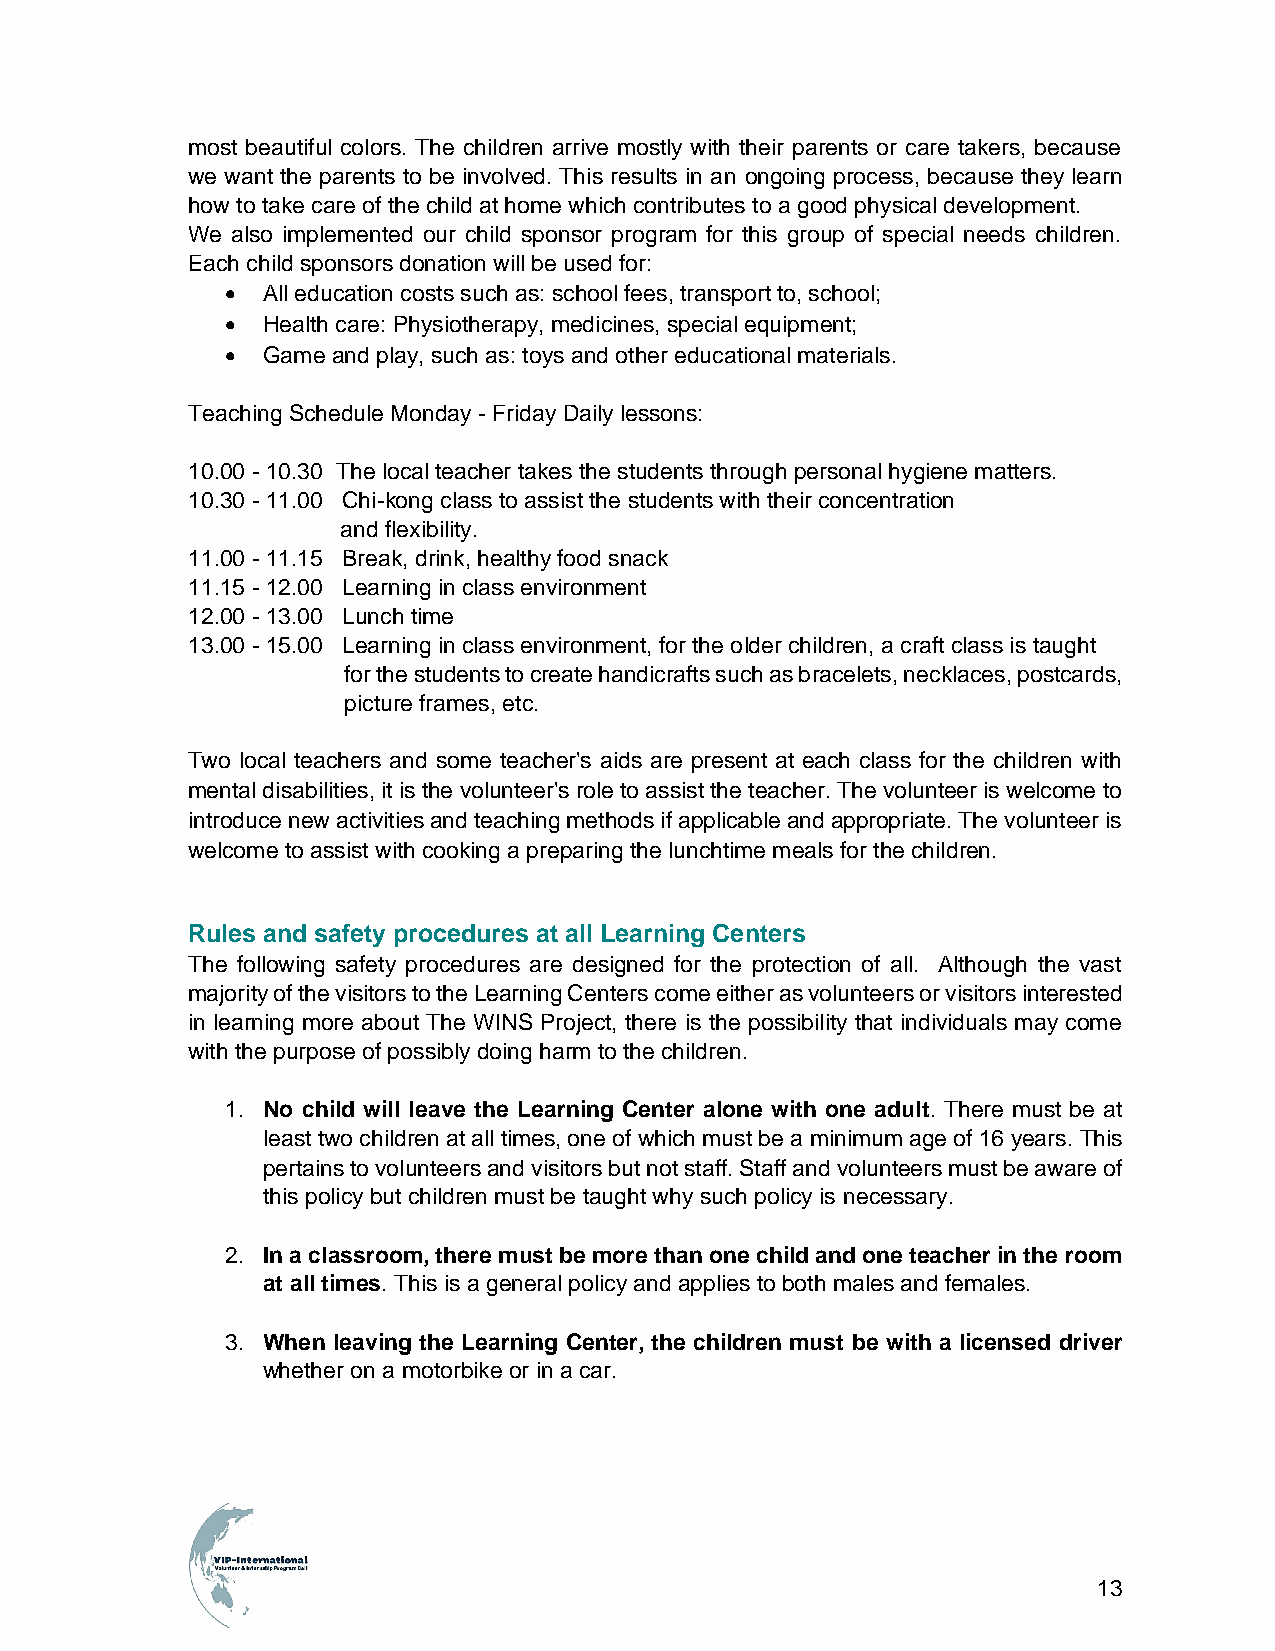
most beautiful colors. The children arrive mostly with their parents or care takers, because
 we want the parents to be involved. This results in an ongoing process, because they learn
 how to take care of the child at home which contributes to a good physical development.
 We also implemented our child sponsor program for this group of special needs children.
 Each child sponsors donation will be used for:
 • All education costs such as: school fees, transport to, school;
 • Health care: Physiotherapy, medicines, special equipment;
 • Game and play, such as: toys and other educational materials.
 Teaching Schedule Monday - Friday Daily lessons:
 10.00 - 10.30 The local teacher takes the students through personal hygiene matters.
 10.30 - 11.00 Chi-kong class to assist the students with their concentration
 and flexibility.
 11.00 - 11.15 Break, drink, healthy food snack
 11.15 - 12.00 Learning in class environment
 12.00 - 13.00 Lunch time
 13.00 - 15.00 Learning in class environment, for the older children, a craft class is taught
 for the students to create handicrafts such as bracelets, necklaces, postcards,
 picture frames, etc.
 Two local teachers and some teacher's aids are present at each class for the children with
 mental disabilities, it is the volunteer's role to assist the teacher. The volunteer is welcome to
 introduce new activities and teaching methods if applicable and appropriate. The volunteer is
 welcome to assist with cooking a preparing the lunchtime meals for the children.
 Rules and safety procedures at all Learning Centers
 The following safety procedures are designed for the protection of all. Although the vast
 majority of the visitors to the Learning Centers come either as volunteers or visitors interested
 in learning more about The WINS Project, there is the possibility that individuals may come
 with the purpose of possibly doing harm to the children.
 1. No child will leave the Learning Center alone with one adult. There must be at
 least two children at all times, one of which must be a minimum age of 16 years. This
 pertains to volunteers and visitors but not staff. Staff and volunteers must be aware of
 this policy but children must be taught why such policy is necessary.
 2. In a classroom, there must be more than one child and one teacher in the room
 at all times. This is a general policy and applies to both males and females.
 3. When leaving the Learning Center, the children must be with a licensed driver
 whether on a motorbike or in a car.
 13